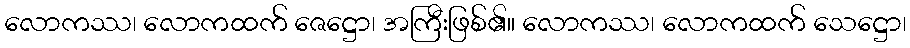
လောကဿ၊ လောကထက် ဇေဋ္ဌော၊ အကြီးဖြစ်၏။ လောကဿ၊ လောကထက် သေဋ္ဌော၊